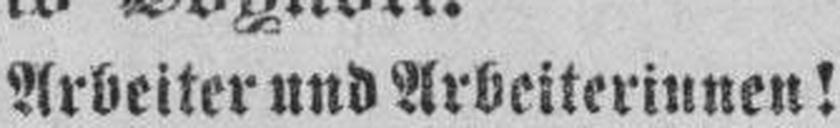
Arbeiter und Arbeiterinnen!